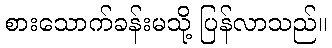
စားသောက်ခန်းမသို့ ပြန်လာသည်။